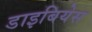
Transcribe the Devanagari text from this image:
डाइबियेस